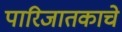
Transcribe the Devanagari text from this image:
पारिजातकाचे